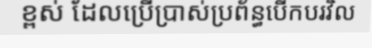
ខ្ពស់ ដែលប្រើប្រាស់ប្រព័ន្ធបើកបរវិល